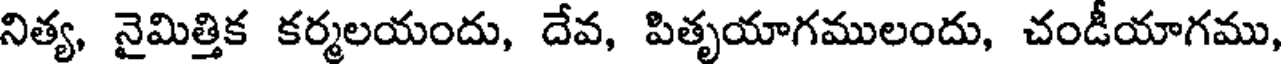
నిత్య, నైమిత్తిక కర్మలయందు, దేవ, పితృయాగములందు, చండీయాగము,